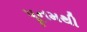
પૂનમથી